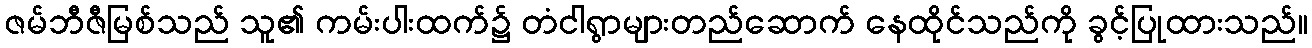
ဇမ်ဘီဇီမြစ်သည် သူ၏ ကမ်းပါးထက်၌ တံငါရွာများတည်ဆောက် နေထိုင်သည်ကို ခွင့်ပြုထားသည်။